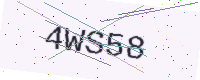
Text: 4WS58